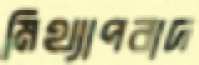
মিথ্যাপবাদ